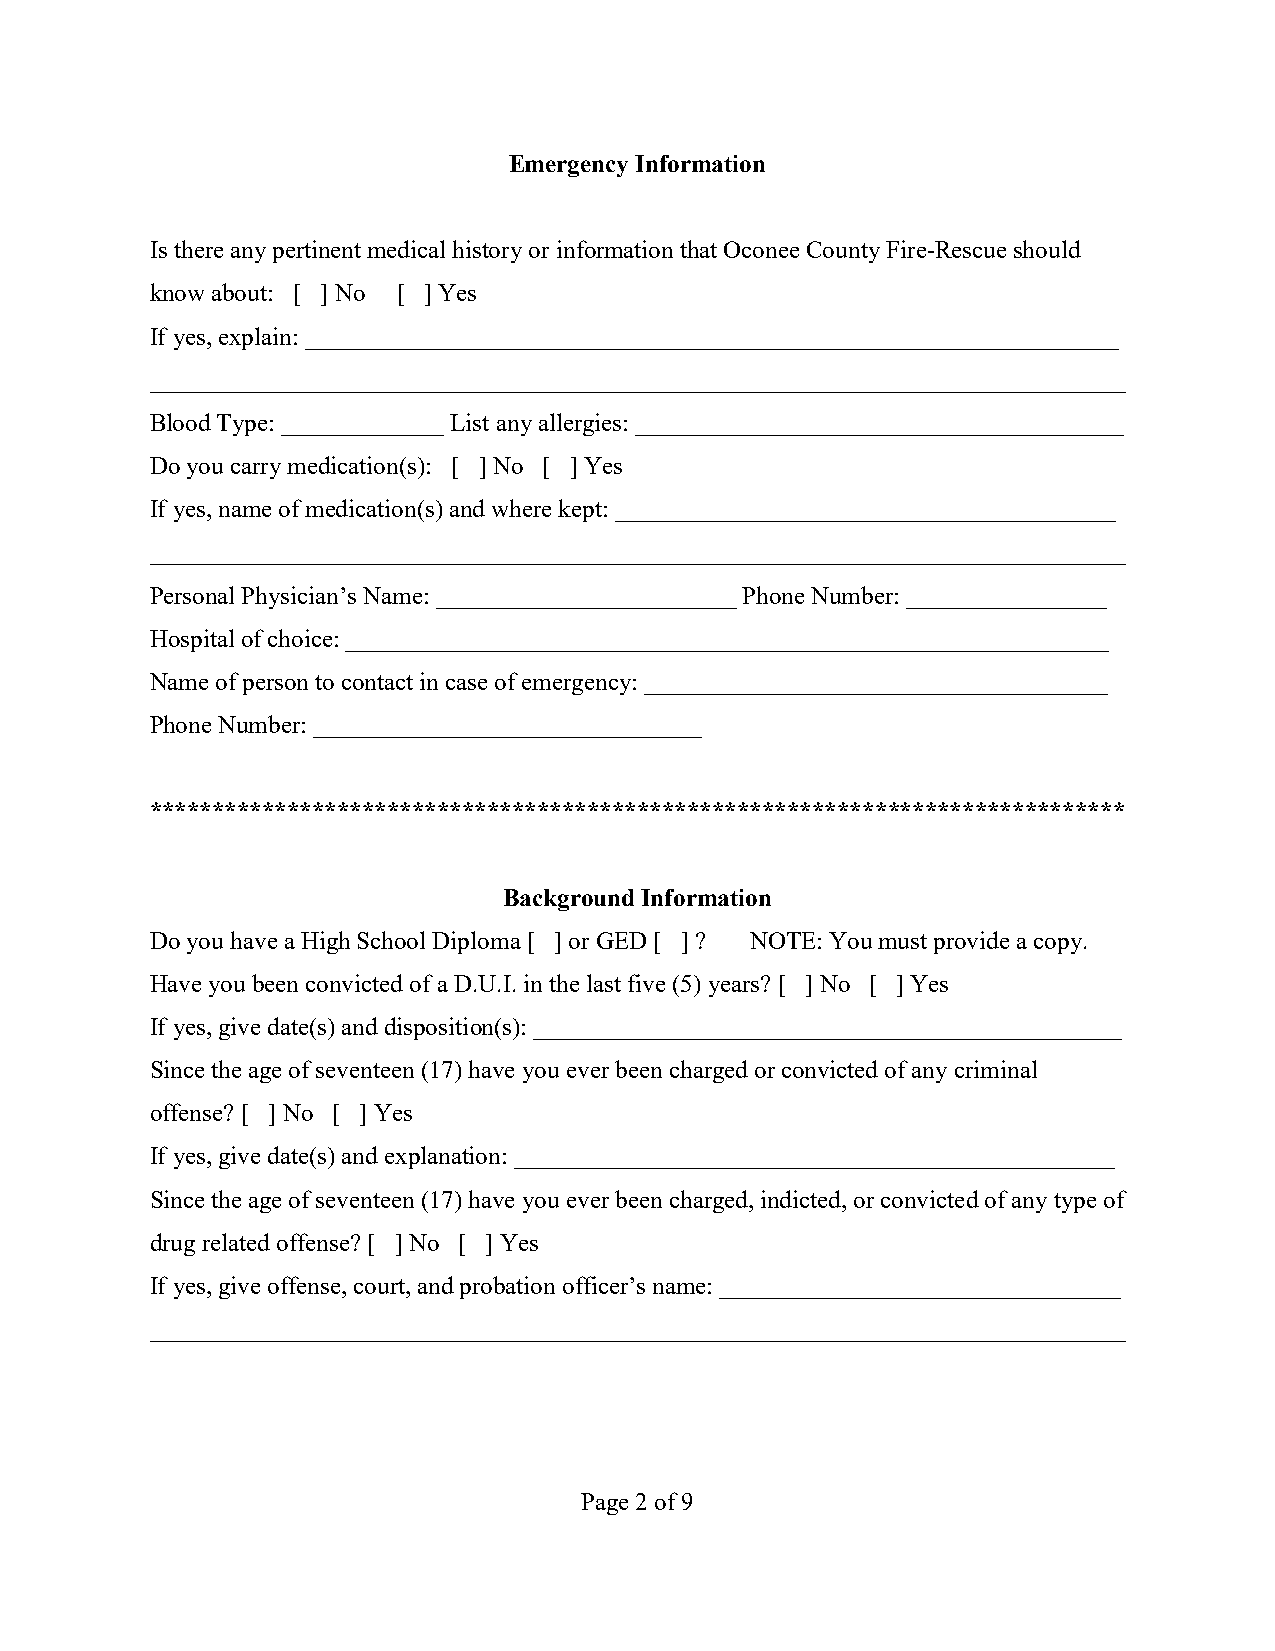
Emergency Information
 Is there any pertinent medical history or information that Oconee County Fire-Rescue should
 know about: [ ] No [ ] Yes
 If yes, explain: _________________________________________________________________
 ______________________________________________________________________________
 Blood Type: _____________ List any allergies: _______________________________________
 Do you carry medication(s): [ ] No [ ] Yes
 If yes, name of medication(s) and where kept: ________________________________________
 ______________________________________________________________________________
 Personal Physician’s Name: ________________________ Phone Number: ________________
 Hospital of choice: _____________________________________________________________
 Name of person to contact in case of emergency: _____________________________________
 Phone Number: _______________________________
 ******************************************************************************
 Background Information
 Do you have a High School Diploma [ ] or GED [ ] ? NOTE: You must provide a copy.
 Have you been convicted of a D.U.I. in the last five (5) years? [ ] No [ ] Yes
 If yes, give date(s) and disposition(s): _______________________________________________
 Since the age of seventeen (17) have you ever been charged or convicted of any criminal
 offense? [ ] No [ ] Yes
 If yes, give date(s) and explanation: ________________________________________________
 Since the age of seventeen (17) have you ever been charged, indicted, or convicted of any type of
 drug related offense? [ ] No [ ] Yes
 If yes, give offense, court, and probation officer’s name: ________________________________
 ______________________________________________________________________________
 Page 2 of 9